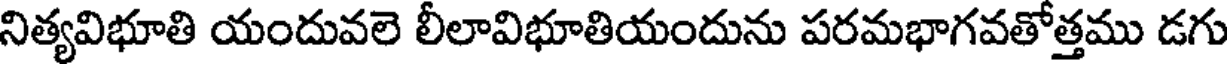
నిత్యవిభూతి యందువలె లీలావిభూతియందును పరమభాగవతోత్తము డగు